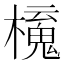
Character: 𣝂